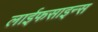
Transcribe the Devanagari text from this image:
लाईफसाइन्स